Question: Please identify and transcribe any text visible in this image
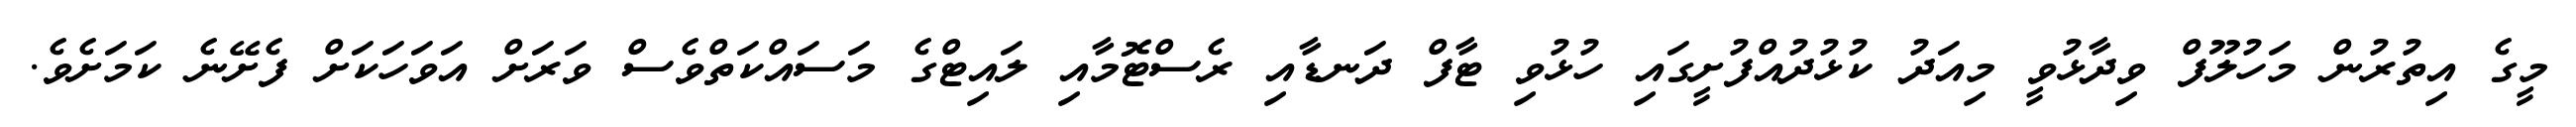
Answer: މީގެ އިތުރުން މަހުލޫފް ވިދާޅުވީ މިއަދު ކުޅުދުއްފުށީގައި ހުޅުވި ޓާފް ދަނޑާއި ރެސްޓޮމާއި ލައިޓްގެ މަސައްކަތްވެސް ވަރަށް އަވަހަކަށް ފެށޭނެ ކަމަށެވެ.